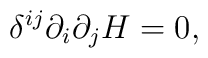
\delta^{ij} \partial_i \partial_j H=0 ,